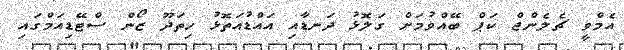
އެމްވީ ޗެލެންޖް ކަޕް ބޭއްވުމަށް ގަލޮޅު ދަނޑާއި އައްޑުއަތޮޅު ހިތަދޫ ޒޯން ސްޓޭޑިއަމްގައި